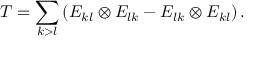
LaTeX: T = \sum _ { k > l } \left( E _ { k l } \otimes E _ { l k } - E _ { l k } \otimes E _ { k l } \right) .